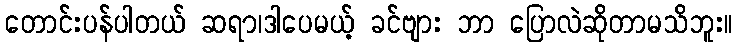
တောင်းပန်ပါတယ် ဆရာ၊ဒါပေမယ့် ခင်ဗျား ဘာ ပြောလဲဆိုတာမသိဘူး။